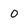
Character: 0